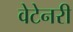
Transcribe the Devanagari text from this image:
वेटेनरी